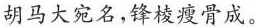
胡马大宛名，锋棱瘦骨成。